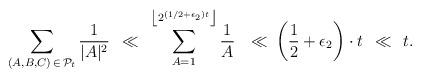
LaTeX: \begin{align*}\sum_{(A, B, C) \,\in\, \mathcal P_t}\frac1{|A|^2} \: \:\ll \:\: \sum_{A=1}^{ \left\lfloor 2^{(1/2+\epsilon_2)t}\right\rfloor}\frac1{A}\: \: \:\ll \: \left(\frac 1 2 + \epsilon_2\right)\cdot t \:\: \ll \:\: t.\end{align*}